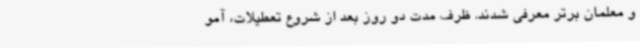
و معلمان برتر معرفی شدند. ظرف مدت دو روز بعد از شروع تعطیلات، آمو